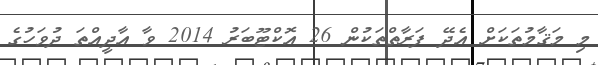
މި މަޤާމުތަކަށް އެދޭ ފަރާތްތަކުން 26 އޮކްޓޫބަރު 2014 ވާ އާދީއްތަ ދުވަހުގެ